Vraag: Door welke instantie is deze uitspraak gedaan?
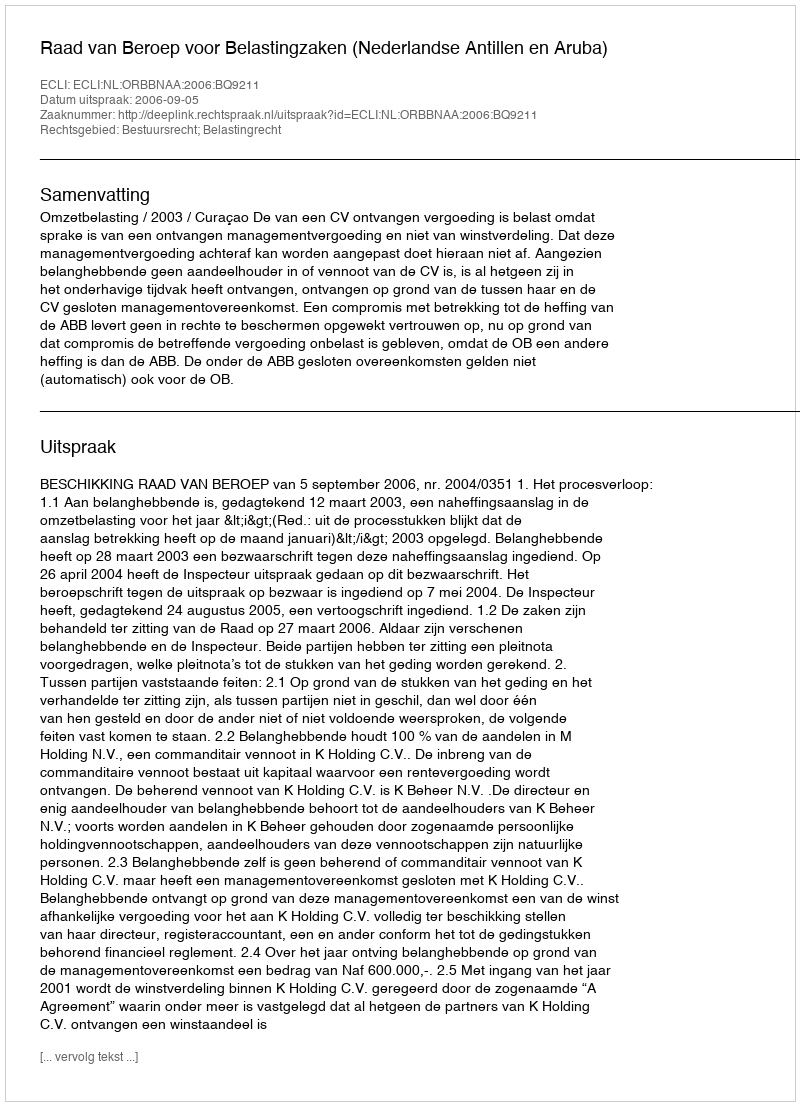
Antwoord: Raad van Beroep voor Belastingzaken (Nederlandse Antillen en Aruba)